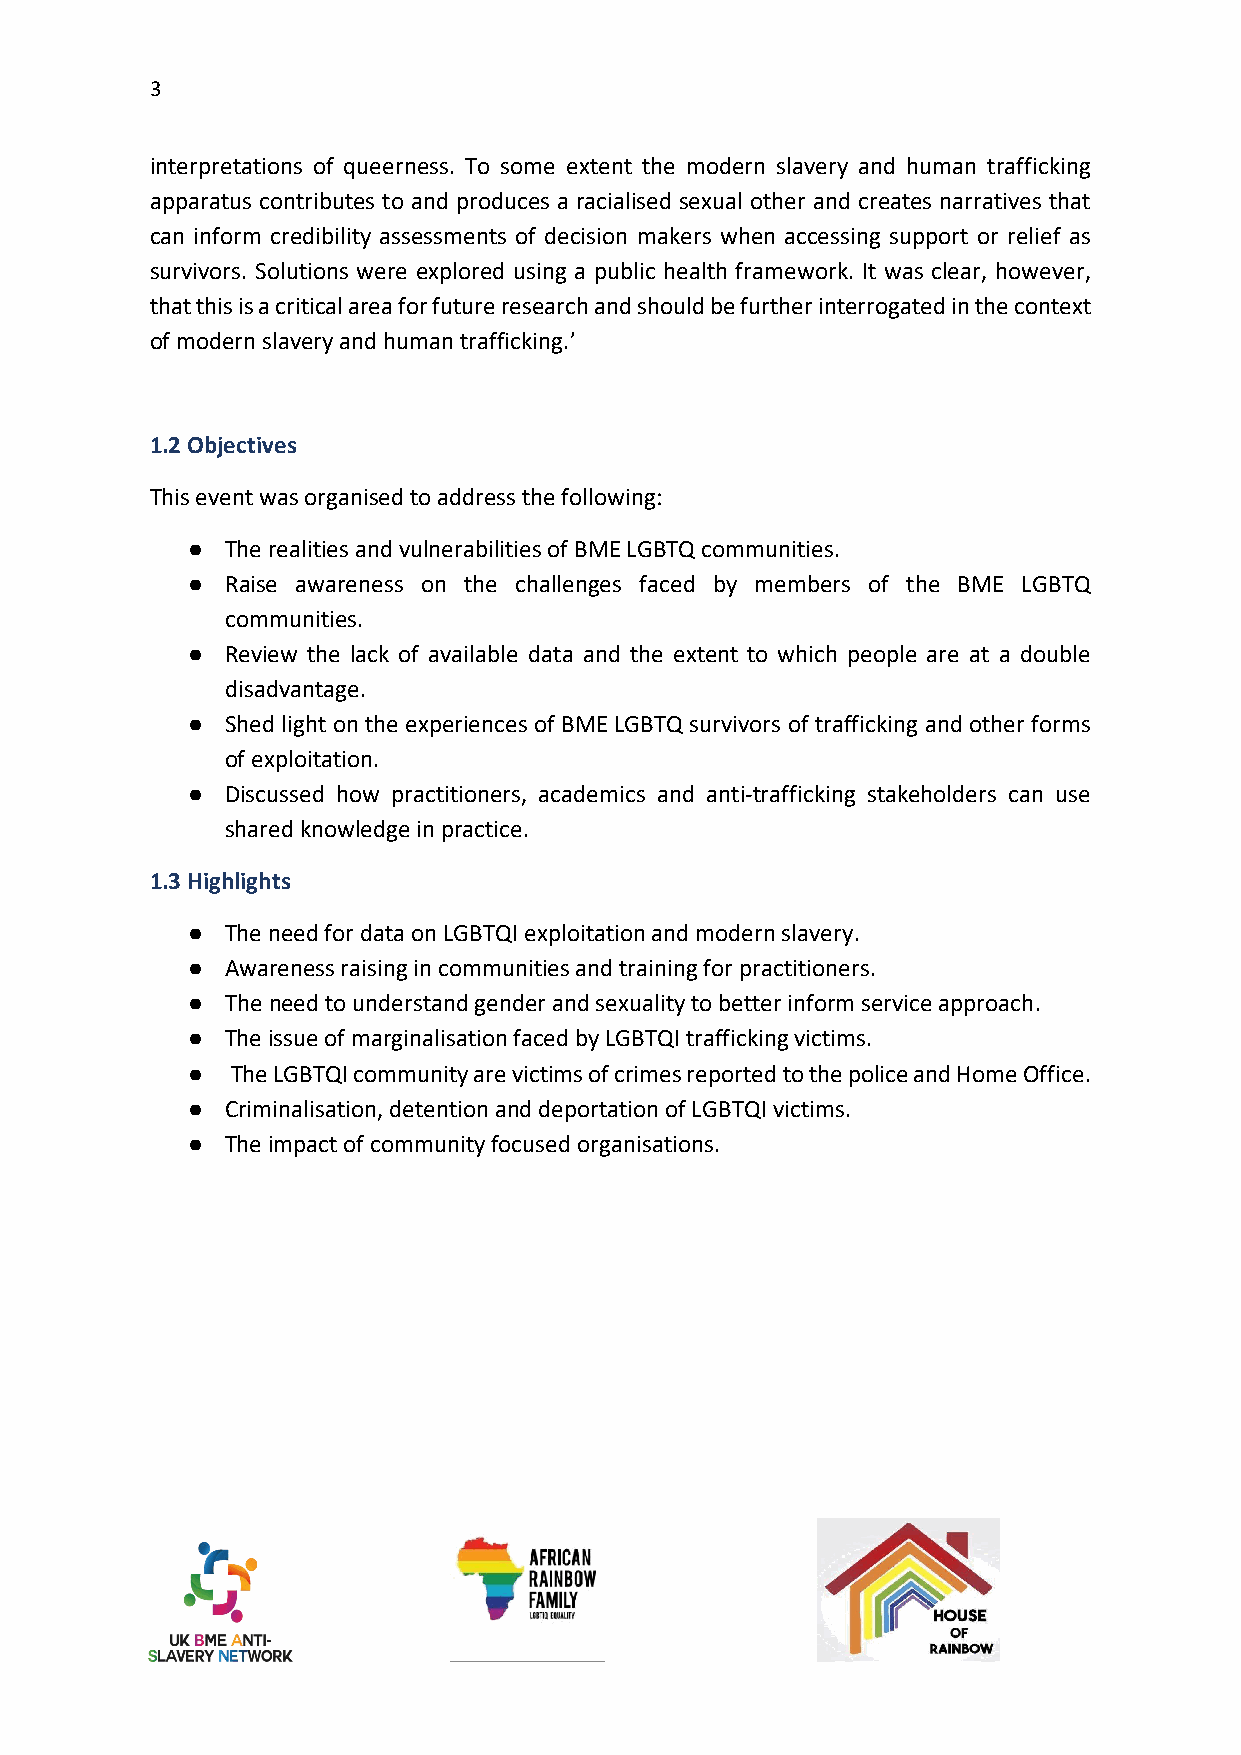
3
 interpretations of queerness. To some extent the modern slavery and human trafficking
 apparatus contributes to and produces a racialised sexual other and creates narratives that
 can inform credibility assessments of decision makers when accessing support or relief as
 survivors. Solutions were explored using a public health framework. It was clear, however,
 that this is a critical area for future research and should be further interrogated in the context
 of modern slavery and human trafficking.’
 1.2 Objectives
 This event was organised to address the following:
 ●  The realities and vulnerabilities of BME LGBTQ communities.
 ●  Raise awareness on the challenges faced by members of the BME LGBTQ
 communities.
 ●  Review the lack of available data and the extent to which people are at a double
 disadvantage.
 ●  Shed light on the experiences of BME LGBTQ survivors of trafficking and other forms
 of exploitation.
 ●  Discussed how practitioners, academics and anti-trafficking stakeholders can use
 shared knowledge in practice.
 1.3 Highlights
 ●  The need for data on LGBTQI exploitation and modern slavery.
 ●  Awareness raising in communities and training for practitioners.
 ●  The need to understand gender and sexuality to better inform service approach.
 ●  The issue of marginalisation faced by LGBTQI trafficking victims.
 ●  The LGBTQI community are victims of crimes reported to the police and Home Office.
 ●  Criminalisation, detention and deportation of LGBTQI victims.
 ●  The impact of community focused organisations.